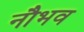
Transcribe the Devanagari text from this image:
नौभव